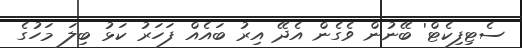
ސެޓިފިކެޓް' ބޭނުން ވެގެން އެދޭ އިރު ބައެއް ފަހަރު ކަޅު ބިލަ މަހުގެ